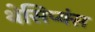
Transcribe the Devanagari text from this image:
थेसिप्यंस